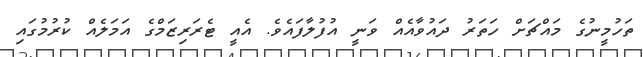
ތަހުމީނުގެ މައްޗަށް ހަތަރު ދައުވާއެއް ވަނީ އުފުލާފައެވެ. އެއީ ޓެރަރިޒަމްގެ އަމަލެއް ކުރުމުގައި